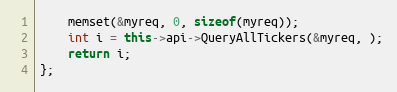
Language: C++
	memset(&myreq, 0, sizeof(myreq));
	int i = this->api->QueryAllTickers(&myreq, );
	return i;
};